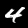
Label: 4